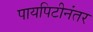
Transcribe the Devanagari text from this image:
पायपिटीनंतर